Annual report of lunatic asylums [Bombay] - 1912-1922
Year: 1912
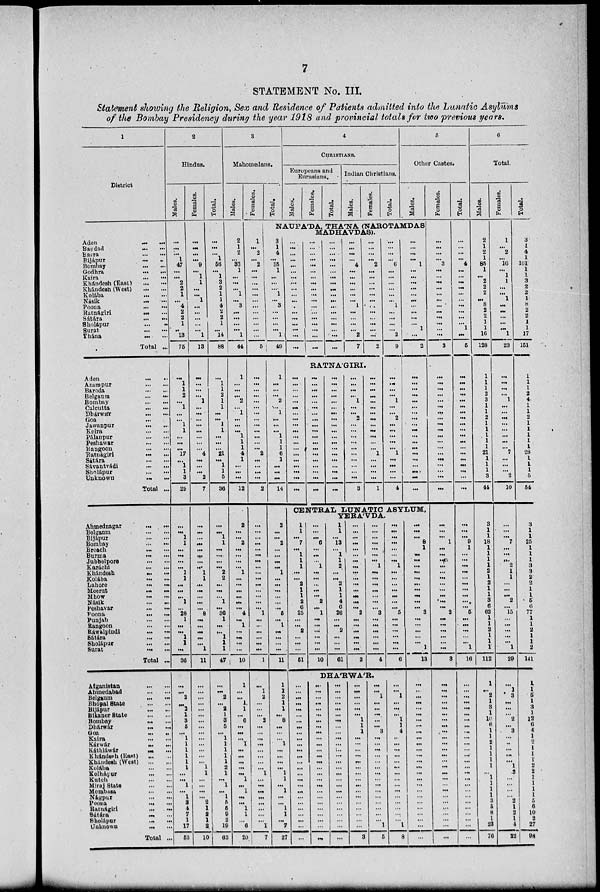
7
STATEMENT No. III.
Statement showing the Religion, Sex and Residence of Patients admitted into the Lunatic Asylums
of the Bombay Presidency during the year 1918 and provincial totals for two previous years.
1
District
Aden
...
...
Bagdad
...
...
Basra
...
...
Bijápur ... ...
Bombay
...
...
Godhra
...
...
Kaira
...
...
Khándesh (East) ... ...
Khándesh (West)
...
...
Kolába
...
...
Násik ... ...
Poona ... ...
Ratnágiri ... ...
Sátára
...
...
Sholápur
...
...
Surat
...
...
Thána
...
...
Total ...
Aden
...
...
Azampur
...
...
Baroda
...
...
Belgaum
...
...
Bombay
...
...
Calcutta ... ...
Dhárwár
...
...
Goa ... ...
Jawanpur ... ...
Kaira
...
...
Pálanpur
...
...
Peshawar
...
...
Rangoon
...
...
Ratnágiri
...
...
Sátára
...
...
Sávantvádi
...
...
Sholápur
...
...
Unknown ... ...
Total ...
Ahmednagar
...
...
Belgaum
...
...
Bijápur
...
...
Bombay
...
...
Broach ... ...
Burma
...
...
Jubbelpore ... ...
Karáchi ... ...
Khándesh ... ...
Kolába
...
...
Lahore
...
...
Meerut ... ...
Mhow
...
...
Násik ... ...
Peshavar
...
...
Poona
...
...
Punjab
...
...
Rangoon
...
...
Ráwalpindi ... ...
Sátára
...
...
Sholápur
...
...
Surat
...
...
Total ...
Afganistan
...
...
Ahmedabad
...
...
Belgaum
...
...
Bhopal State
...
...
Bijápur ... ...
Bikaner State
...
...
Bombay
...
...
Dhárwár
...
...
Goa
...
...
Kaira
...
...
Kárwár
...
...
Káthiáwár ... ...
Khándesh (East) ... ...
Khándesh (West)
...
...
Kolába
...
...
Kolhápur
...
...
Kutch
...
...
Miraj State
...
...
Mombasa
...
...
Nágpur
...
...
Poona
...
...
Ratnágiri
...
...
Sátára
...
...
Sholápur ... ...
Unknown ... ...
Total ...
2
Hindus.
Males.
...
...
...
1
47
...
...
2
2
1
...
4
2
2
1
..
13
75
...
1
1
2
...
1
...
...
1
1
...
...
...
17
...
1
1
3
29
...
...
1
1
...
...
...
...
1
1
...
...
...
1
...
28
1
...
...
1
1
...
36
...
...
2
...
2
1
3
5
...
1
1
1
1
1
1
...
...
1
...
1
3
4
7
1
17
53
Females.
...
...
...
...
9
...
1
1
...
...
1
...
...
...
...
...
1
13
...
...
...
...
1
...
...
...
...
...
...
...
...
4
...
...
...
2
7
...
...
...
...
...
...
...
...
1
1
...
...
...
...
...
8
...
...
...
...
...
1
11
...
...
...
...
...
...
...
...
...
...
...
...
...
...
1
1
...
...
...
...
2
1
2
1
2
10
Total.
...
...
...
1
56
...
1
3
2
1
1
4
2
2
1
...
14
88
...
1
1
2
1
1
...
...
1
1
...
...
...
21
...
1
1
5
36
...
...
1
1
...
...
...
...
2
2
...
...
...
1
...
36
1
...
...
1
1
1
47
...
...
2
...
2
1
3
5
...
1
1
1
1
1
2
1
...
1
...
1
5
5
9
2
19
63
3
Mahomedans.
Males.
2
1
2
...
33
1
...
...
...
1
...
3
...
...
...
...
1
44
1
...
...
...
2
...
1
...
...
...
1
1
1
4
1
...
...
...
12
2
...
...
2
...
...
...
...
1
...
...
...
...
...
...
4
...
1
...
...
...
...
10
1
...
...
1
1
...
6
...
...
...
1
...
...
...
...
...
1
...
1
...
...
1
1
...
6
20
Females.
1
...
2
...
2
...
...
...
...
...
...
...
...
...
...
...
...
5
...
...
...
...
...
...
...
...
...
...
...
...
...
2
...
...
...
...
2
...
...
...
...
...
...
...
...
...
...
...
...
...
...
...
1
...
...
...
...
...
...
1
...
1
2
...
...
...
2
...
...
...
...
...
...
...
...
1
...
...
...
...
...
...
...
...
1
7
Total.
4
CHRISTIANS.
Europeans and
Eurasians.
Males.
Females.
Total.
Indian Christians.
Males.
Females.
Total.
5
Other Castes.
Males.
NAUPA'DA, THA'NA (NAROTAMDAS
MADHAVDAS).
3
1
4
...
35
1
...
...
...
1
...
3
...
...
...
...
1
49
1
...
...
...
2
...
1
...
...
...
1
1
1
6
1
...
...
...
14
2
...
...
2
...
...
...
...
1
...
...
...
...
...
...
5
...
1
...
...
...
...
11
1
1
2
1
1
...
8
...
...
...
1
...
...
...
...
1
1
...
1
...
...
1
1
...
7
27
...
...
...
...
...
...
...
...
...
...
...
...
...
...
...
...
...
...
...
...
...
...
...
...
...
...
...
...
...
...
...
...
...
...
...
...
...
...
...
...
...
...
...
...
...
...
...
...
...
...
...
...
...
...
...
...
...
...
4
...
...
...
...
...
...
1
...
...
...
...
2
7
...
...
...
...
2
...
...
...
...
...
...
...
...
...
...
...
...
2
RATNA'GIRI.
...
...
...
...
...
...
...
...
...
...
...
...
...
...
...
...
...
...
...
...
...
...
...
...
...
....
...
...
...
...
...
...
...
...
...
...
...
...
...
...
...
...
...
...
...
...
...
...
...
...
...
...
...
...
...
...
...
...
...
...
...
1
...
...
2
...
...
...
...
...
...
...
...
...
...
3
...
...
...
...
...
...
...
...
...
...
...
...
...
1
...
...
...
...
1
...
...
...
...
6
...
...
...
...
...
...
1
...
...
...
...
2
9
...
...
...
...
1
...
...
2
...
...
...
...
...
1
...
...
...
...
4
...
...
...
...
1
...
...
...
...
...
...
...
...
...
...
1
...
2
...
...
...
...
...
...
...
...
...
...
...
...
...
...
...
...
...
...
...
CENTRAL LUNATIC ASYLUM,
YERA'VDA.
1
1
...
7
...
1
1
1
...
...
2
1
1
2
6
25
...
...
2
...
...
...
51
...
...
...
6
...
...
...
1
...
...
...
...
...
2
...
1
...
...
...
...
...
...
10
1
1
...
13
...
1
1
2
...
...
2
1
1
4
6
26
...
...
2
...
...
...
61
...
...
...
...
...
...
...
...
...
...
...
...
...
...
...
2
...
...
...
...
...
...
2
...
...
...
...
...
...
...
1
...
...
...
...
...
...
...
3
...
...
...
...
...
...
4
...
...
...
...
...
...
...
1
...
...
...
...
...
...
...
5
...
...
...
...
...
...
6
DHA'RWA'R.
...
...
...
...
...
...
...
...
...
...
...
...
...
...
...
...
...
...
...
...
...
...
...
...
...
...
...
...
...
...
...
...
...
...
...
...
...
...
...
...
...
...
...
...
...
...
...
...
...
...
...
...
...
...
...
...
...
...
...
...
...
...
...
...
...
...
...
...
...
...
...
...
...
...
...
...
...
...
...
...
...
...
...
1
1
1
...
...
...
...
...
...
...
...
...
...
...
...
...
...
...
...
3
...
...
1
...
...
...
...
...
3
...
...
...
...
...
...
...
...
...
...
...
...
...
...
...
1
5
...
...
1
...
...
...
1
1
4
...
...
...
...
...
...
...
...
...
...
...
...
...
...
...
1
8
...
...
...
8
1
...
...
...
...
...
...
...
...
...
...
3
...
...
...
...
...
1
13
...
...
...
...
...
...
...
...
...
...
...
...
...
...
...
...
...
...
...
...
...
...
...
...
...
...
Females.
...
...
...
...
3
...
...
...
...
...
...
...
...
...
...
...
...
3
...
...
...
...
...
...
...
...
...
...
...
...
...
...
...
...
...
...
...
...
...
...
1
...
...
..
...
...
...
...
...
...
...
...
2
...
...
...
...
...
...
3
...
...
...
...
...
...
...
...
...
...
...
...
...
...
...
...
...
...
...
...
...
...
...
...
...
...
Total.
...
...
...
...
4
...
...
...
...
...
...
...
...
...
...
1
...
5
...
...
...
...
...
...
...
...
...
...
...
...
...
...
...
...
...
...
...
...
...
...
9
1
...
...
...
...
...
...
...
...
...
...
5
...
...
...
...
...
1
16
...
...
...
...
...
...
...
...
...
...
...
...
...
...
...
...
...
...
...
...
...
...
...
...
...
...
6
Total.
Males.
2
1
2
1
85
1
...
2
2
2
...
8
2
2
1
1
16
128
1
1
1
2
3
1
1
2
1
1
1
1
1
21
1
1
1
3
44
3
1
1
18
1
1
1
1
2
1
2
1
1
3
6
62
1
1
2
1
1
1
112
1
...
2
1
3
1
10
6
1
1
2
1
1
1
1
...
1
1
1
1
3
5
8
1
23
76
Females.
1
...
2
...
16
...
1
1
...
...
1
...
...
...
...
...
1
23
...
...
...
...
1
...
...
...
...
...
...
...
...
7
...
...
...
2
10
...
...
...
7
...
...
...
2
1
1
...
...
...
2
...
15
...
...
...
...
...
1
29
...
1
3
...
...
...
2
...
3
...
...
...
...
...
1
2
...
...
...
...
2
1
2
1
4
22
Total.
3
1
4
1
101
1
1
3
2
2
1
8
2
2
1
1
17
151
1
1
1
2
4
1
1
2
1
1
1
1
1
28
1
1
1
5
54
3
1
1
25
1
1
1
3
3
2
2
1
1
5
6
77
1
1
2
1
1
2
141
1
1
5
1
3
1
12
6
4
1
2
1
1
1
2
2
1
1
1
1
5
6
10
2
27
98